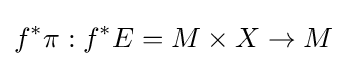
f^{*}\pi :f^{*}E=M\times X\to M